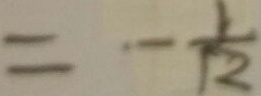
= - \frac { 1 } { 1 2 }